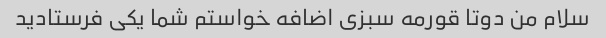
سلام من دوتا قورمه سبزی اضافه خواستم شما یکی فرستادید